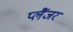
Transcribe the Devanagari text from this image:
प्लैंजर